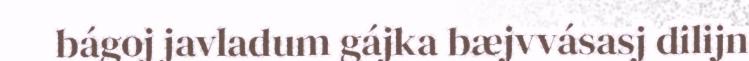
bágoj javladum gájka bæjvvásasj dilijn